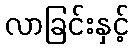
လာခြင်းနှင့်